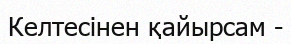
Келтесінен қайырсам -